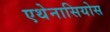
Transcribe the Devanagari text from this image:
एथेनासियोस